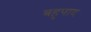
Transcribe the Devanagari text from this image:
बहुपाद